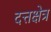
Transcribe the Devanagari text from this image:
दत्तक्षेत्र